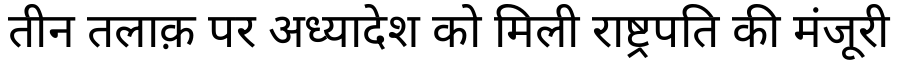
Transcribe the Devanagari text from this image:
तीन तलाक़ पर अध्यादेश को मिली राष्ट्रपति की मंजूरी